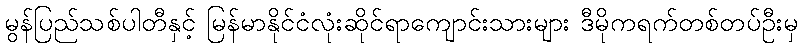
မွန်ပြည်သစ်ပါတီနှင့် မြန်မာနိုင်ငံလုံးဆိုင်ရာကျောင်းသားများ ဒီမိုကရက်တစ်တပ်ဦးမှ